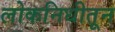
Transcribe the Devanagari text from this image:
लोकनिधीतून